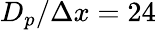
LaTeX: D_{p}/\Delta x=24